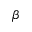
\beta